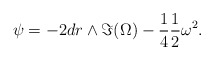
\begin{align*} \psi = - 2dr \wedge \Im(\Omega) - \frac{1}{4} \frac{1}{2} \omega^2.\end{align*}